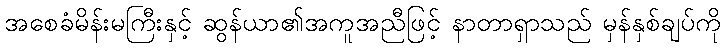
အစေခံမိန်းမကြီးနှင့် ဆွန်ယာ၏အကူအညီဖြင့် နာတာရှာသည် မှန်နှစ်ချပ်ကို